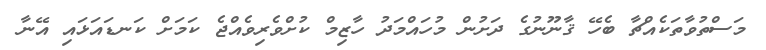
މަސްތުވާތަކެއްޗާ ބެހޭ ޤާނޫނުގެ ދަށުން މުހައްމަދު ހާޒިމް ކުށްވެރިވެއްޖެ ކަމަށް ކަނޑައަޅައި އޭނާ